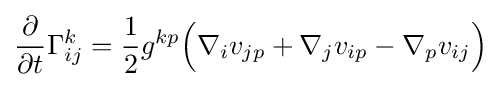
{\frac {\partial }{\partial t}}\Gamma _{ij}^{k}={\frac {1}{2}}g^{kp}{\Big (}\nabla _{i}v_{jp}+\nabla _{j}v_{ip}-\nabla _{p}v_{ij}{\Big )}